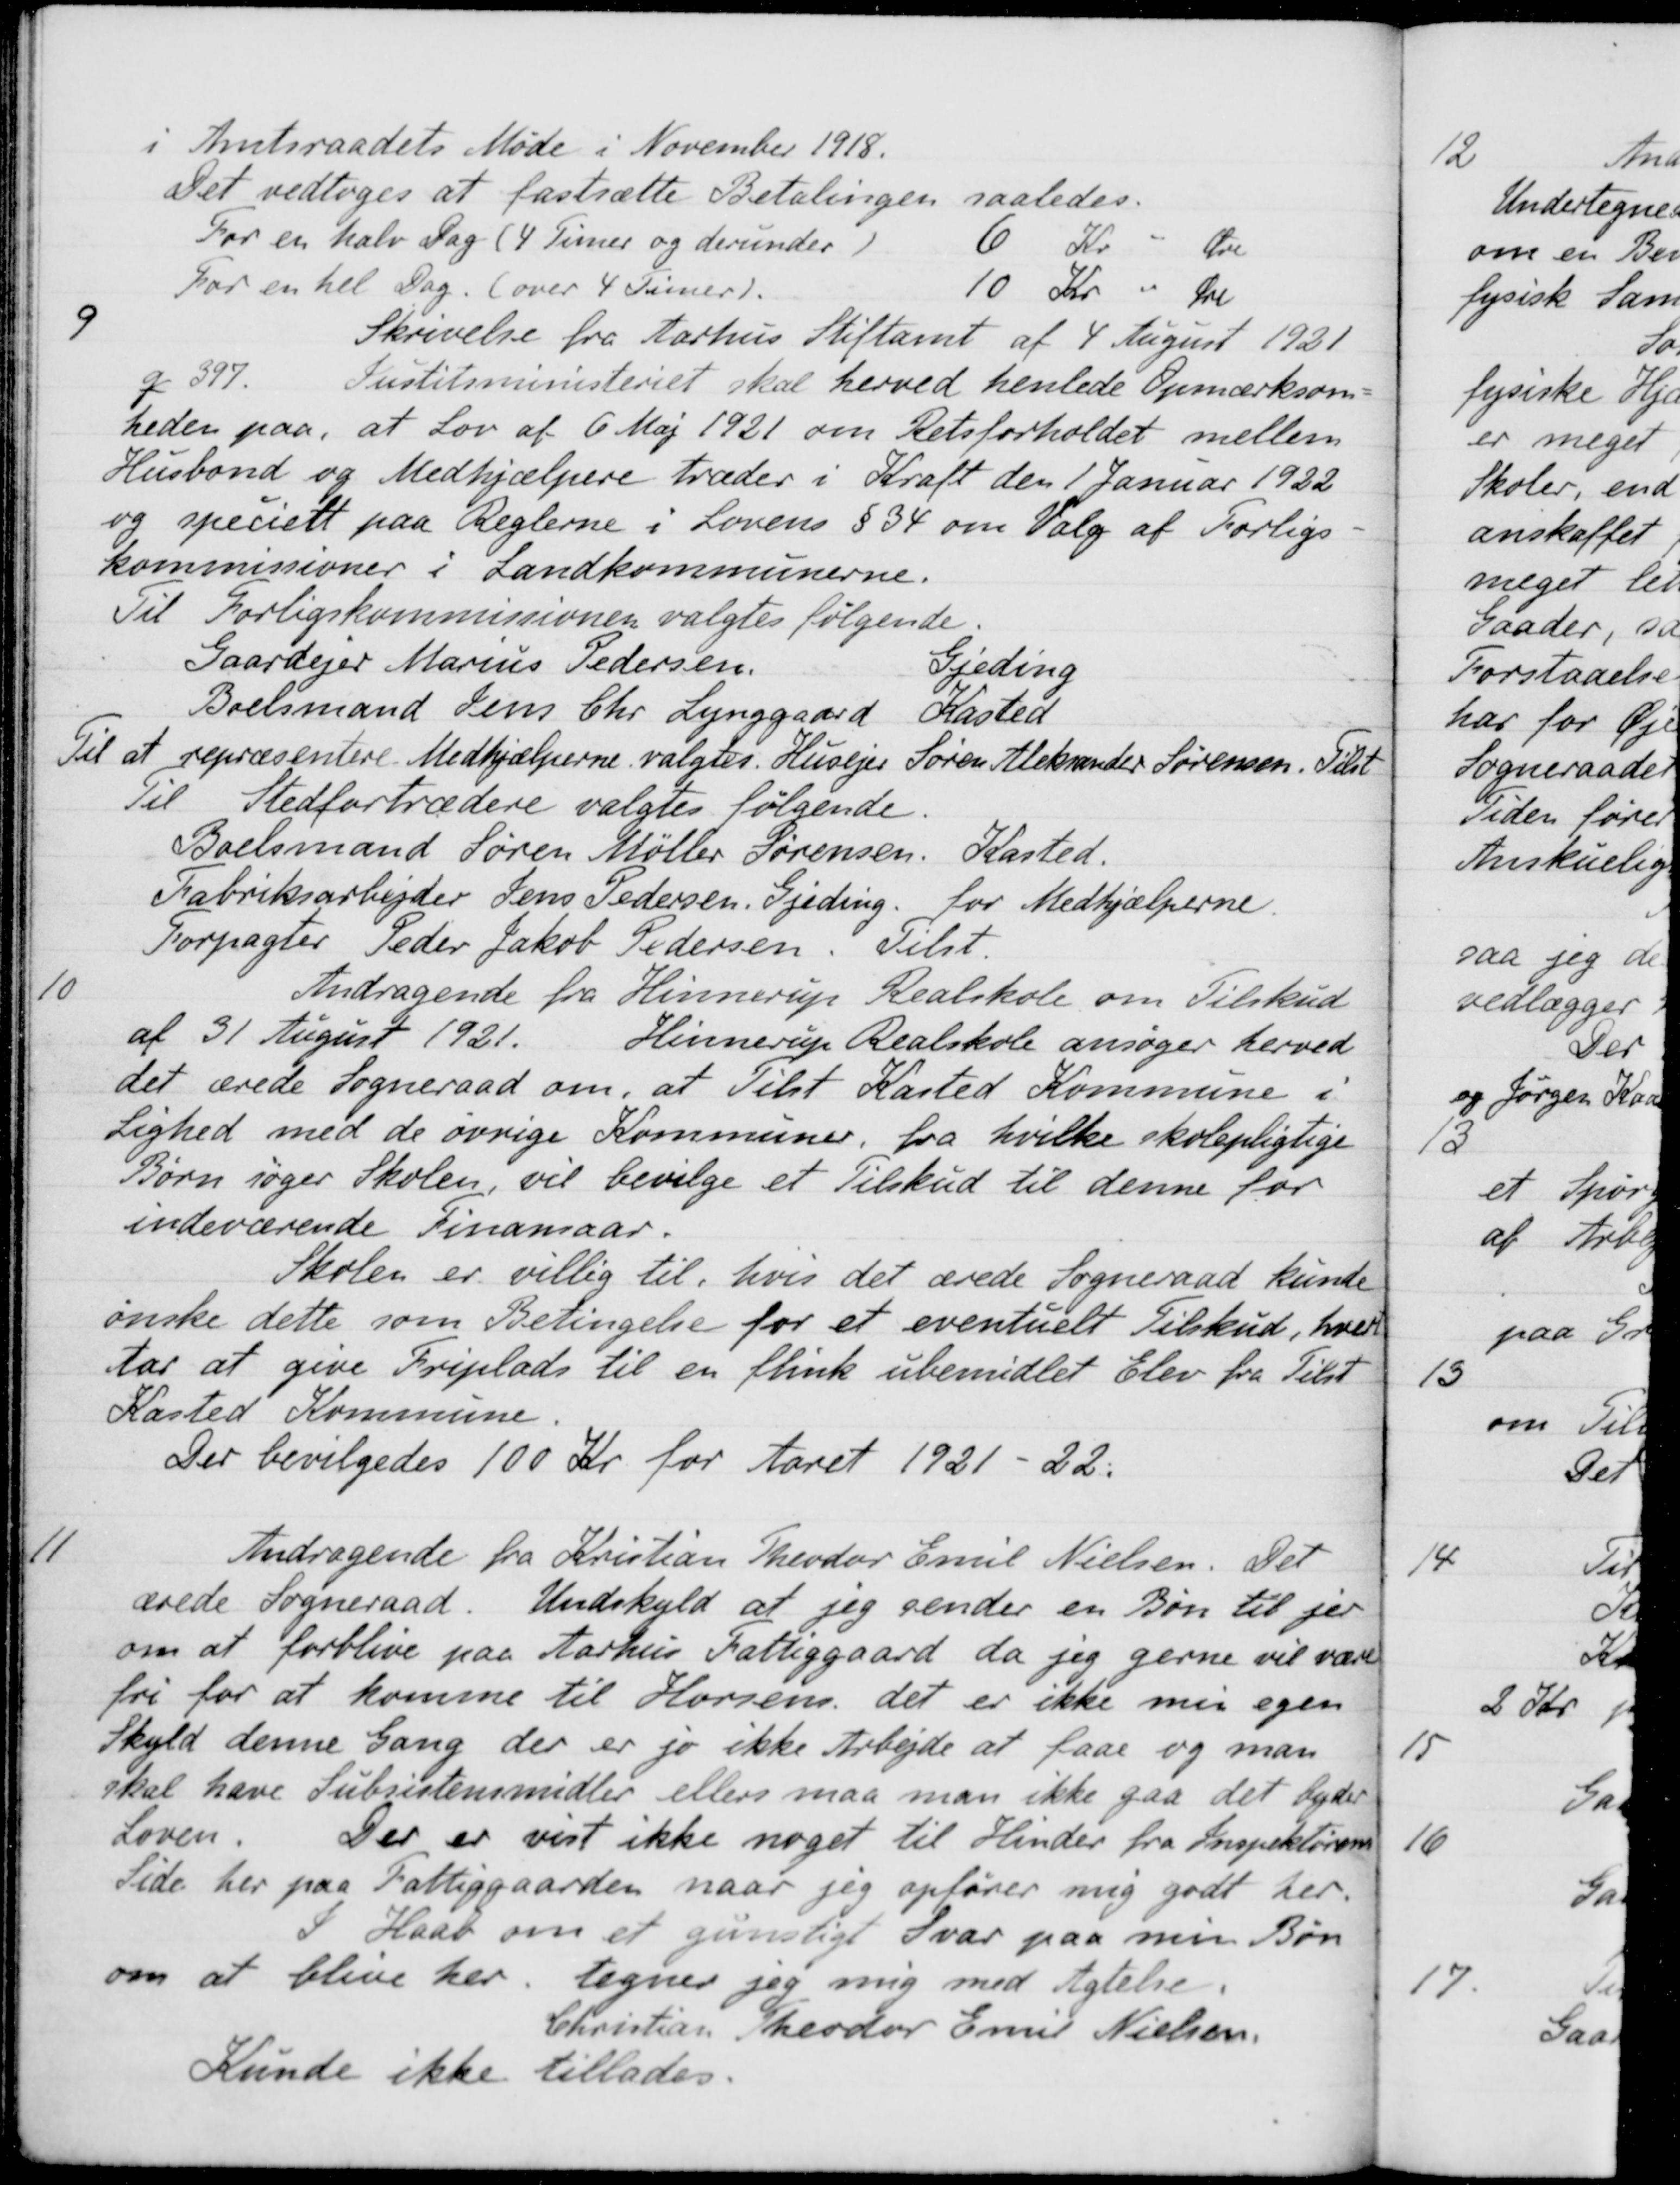
Transskription:
i Amtsraadets Møde i November 1918.
Det vedtoges at fastsætte Betalingen saaledes.
For en halv Dag (4 Timer og derunder)
6 Kr
Øre
For en hel Dag. (over 4 Timer)
10 Kr
Øre
9
Skrivelse fra Aarhus Stiftamt af 4 August 1921
q 397
Justitsministeriet skal herved henlede Opmærksom-
heden paa, at Lov af 6 Maj 1921 om Retsforholdet mellem
Husbond og Medhjælpere træder i Kraft den 1 Januar 1922
og specielt paa Reglerne i Lovens § 34 om Valg af Forligs-
kommissioner i Landkommunerne.
Til Forligskommissionen valgtes følgende.
Gaardejer Marius Pedersen
Fjeding
Boelsmand Jens Chr. Lynggaard
Kasted
Til at repræsentere Medhjælperne valgtes Husejer Søren Aleksander Sørensen. Tilst
Til Stedfortrædere valgtes følgende.
Boelsmand Søren Møller Sørensen. Kasted.
Fabriksarbejder Jens Pedersen, Gjeding. for Medhjælperne.
Forpagter Peder Jakob Pedersen. Tilst.
10
Andragende fra Hinnerup Realskole om Tilskud
af 31 August 1921. Hinnerup Realskole ansøger herved
det ærede Sogneraad om, at Tilst Kasted Kommune i
Lighed med de øvrige Kommuner, fra hvilke skolepligtige
Børn søger Skolen vil bevilge et Tilskud til denne for
indeværende Finansaar.
Skolen er villig til, hvis det ærede Sogneraad kunde
ønske dette som Betingelse for et eventuelt Tilskud, hvert
Aar at give Friplads til en flink ubemidlet Elev fra Tilst
Kasted Kommune.
Der bevilgedes 100 Kr for Aaret 1921-22.
11
Andragende fra Kristian Theodor Emil Nielsen. Det
ærede Sogneraad. Undskyld at jeg sender en Bøn til jer
om at forblive paa Aarhus Fattiggaard, da jeg gerne vil være
fri for at komme til Horsens det er ikke men egen
Skyld denne Gang der er jo ikke Arbejde at faae og man
skal have Subsistensmidler ellers maa man ikke gaa det byder
Loven. Der er vist ikke noget til Hinder fra Inspektørens
Side her paa Fattiggaarden naar jeg opfører mig godt her.
I Haab om et gunstigt Svar paa min Bøn
om at blive her. tegner jeg mig med Agtelse.
Christian Theodor Emil Nielsen.
Kunde ikke tillades.